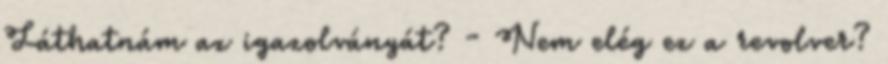
Láthatnám az igazolványát? - Nem elég ez a revolver?